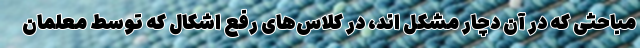
مباحثی که در آن دچار مشکل اند، در کلاس‌های رفع اشکال که توسط معلمان